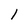
Character: 1